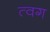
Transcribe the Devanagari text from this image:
त्वग